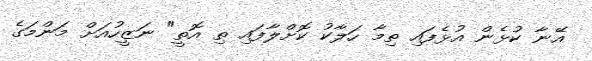
އޭނާ ކުޅެން އުޅެފައި ތިމާ ހަލާކު ކޮށްލާފައި ތި އޮތީ" ނަޒީހުއަށް މަންމަގެ